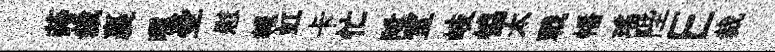
蒔裁裹曬壺慰報虹卡忙陞室岐恊太戰幡瑤陛E裁